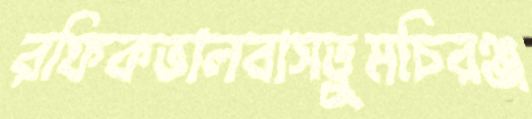
রফিকভালবাসতুমচিরঞ্জ